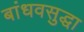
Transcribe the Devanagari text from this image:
बांधवसुद्धा